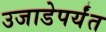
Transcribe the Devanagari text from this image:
उजाडेपर्यंत